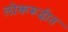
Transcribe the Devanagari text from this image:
लोकरूढीत